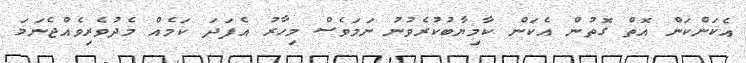
އެކަންކަން އޮތް ގޮތުން އެކަން ކާމިޔާބުކުރެވުނު ނަމަވެސް މިހާރު އެފަދަ ކަމެއް މެދުވެރިވެއްޖެނަމަ